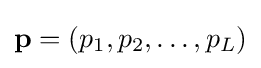
\mathbf {p} =(p_{1},p_{2},\ldots ,p_{L})